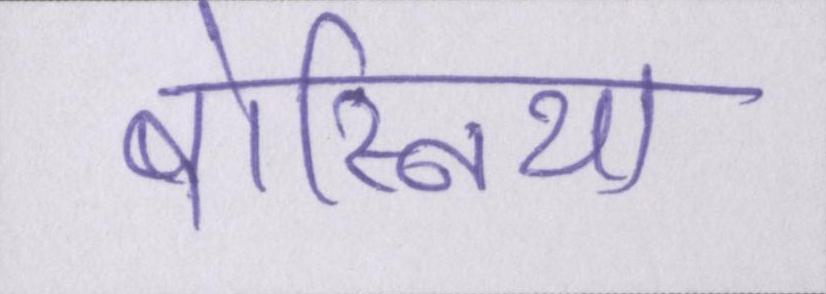
बोस्निया